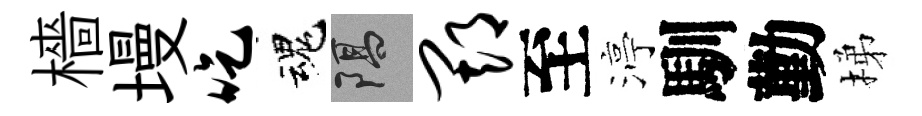
檣墁吃魂隔期至渟馴勤梯